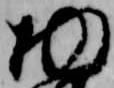
物